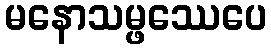
မနောသမ္ဖဿေပေ